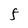
Character: f